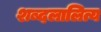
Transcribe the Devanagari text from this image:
शब्दलालित्य